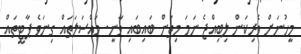
މީހުނަށް ވެރިކަން ލިބިއްޖެ ނަމަ މިތަން ބައިބައި ވާނީ. މައްސަލަތައް ގިނަވެ ޕާޓީތައް